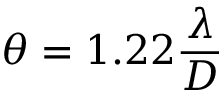
\theta = 1 . 2 2 { \frac { \lambda } { D } }